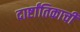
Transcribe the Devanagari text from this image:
दार्ष्टांतिकाची